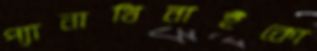
প্যানাথিনাইকো